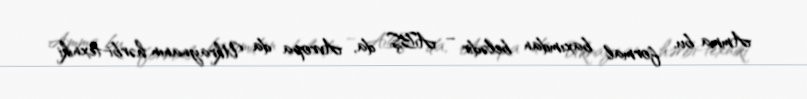
Amma bu, formal baxımdan belədir – ABŞ da, Avropa da Ukraynanın hərbi-texniki